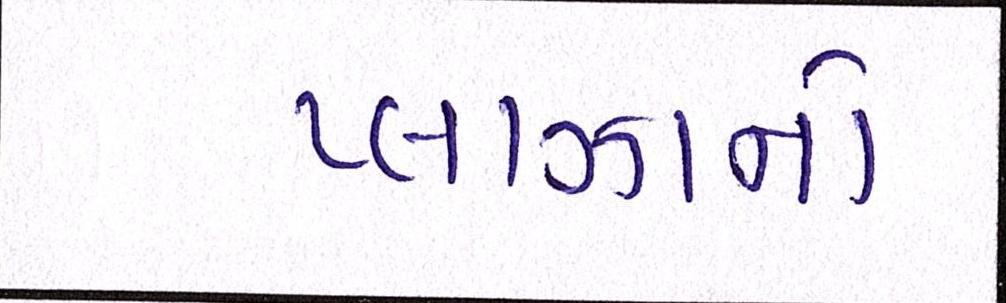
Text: પ્લાઝાનો